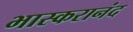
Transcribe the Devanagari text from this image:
भास्‍करानंद